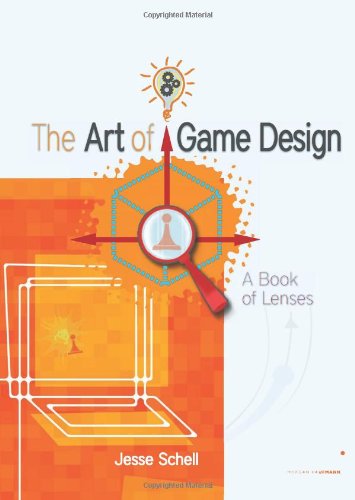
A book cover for The Art of Game Design: A book of lenses; Jesse Schell; Humor & Entertainment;